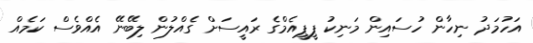
އަހުމަދު ނިހާން ހުސައިން މަނިކު ޕީޕީއެމްގެ ރައީސަށް ގެއްލުން ލިބޭނޭ އެއްވެސް ކަމެއް